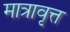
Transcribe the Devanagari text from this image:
मात्रावृत्त